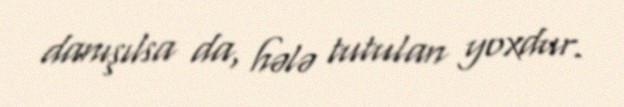
danışılsa da, hələ tutulan yoxdur.